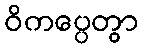
ဝိကပ္ပေတွာ